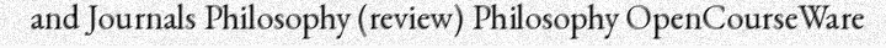
and Journals Philosophy (review) Philosophy OpenCourseWare